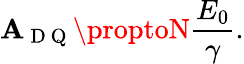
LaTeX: \mathbf{A}_{\mathrm{{~D~Q~}}}\proptoN\frac{{E_{0}}}{{\gamma}}.